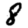
Digit: 8